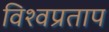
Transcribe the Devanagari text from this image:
विश्वप्रताप